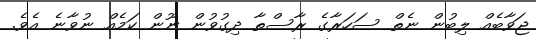
ޖަވާބެއް ލިބުން ނެތް ސަހަރާގެ ރާސްތާ ދިގުވުން ނޫން ކަމެއް ނުވާނެ އެވެ.